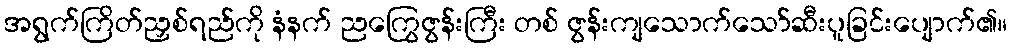
အရွက်ကြိတ်ညှစ်ရည်ကို နံနက် ညကြွေဇွန်းကြီး တစ် ဇွန်းကျသောက်သော်ဆီးပူခြင်းပျောက်၏။